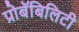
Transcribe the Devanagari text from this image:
प्रोबॅबिलिटी